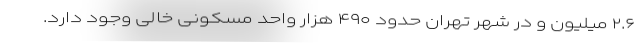
۲.۶ میلیون و در شهر تهران حدود ۴۹۰ هزار واحد مسکونی خالی وجود دارد.